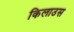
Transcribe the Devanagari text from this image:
किलाउस